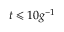
t \leqslant 1 0 g ^ { - 1 }